Vaccination in Bombay 1902-1912 - 1902-1912
Year: 1902
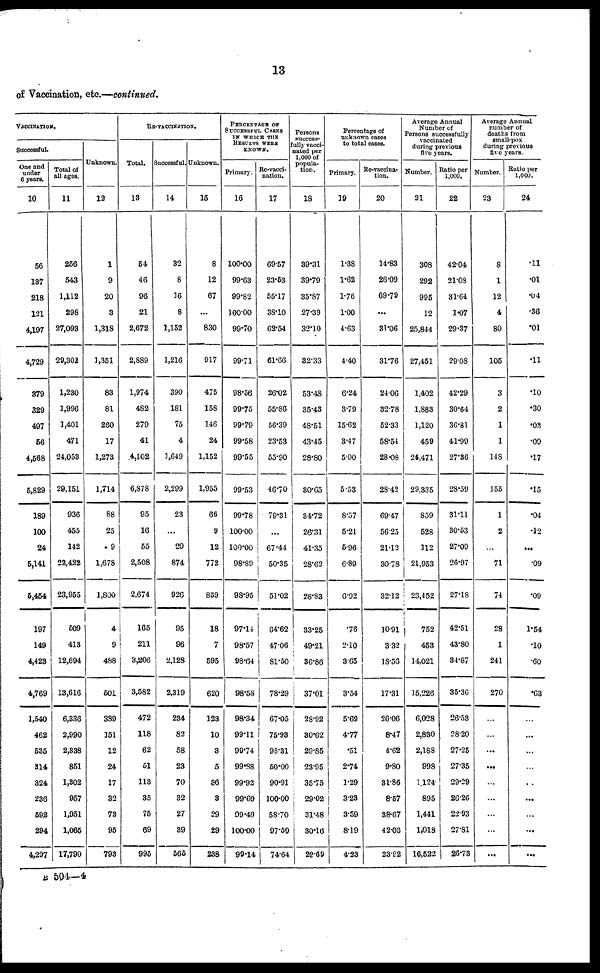
13
of Vaccination, etc.—continued.
VACCINATION.
Successful.
One and
under
6 years.
10
56
137
218
121
4,197
4,729
879
329
497
56
4,568
5,829
189
100
24
5,141
5,454
197
149
4,423
4,769
1,540
462
535
314
324
236
592
294
4,297
Total of
all ages.
11
256
543
1,112
298
27,093
29,302
1,230
1,996
1,401
471
24,053
29,151
936
455
142
22,422
23,955
509
413
12,694
13,616
6,336
2,990
2,338
851
1,302
957
1,951
1,065
17,790
Unknown.
12
1
9
20
3
1,318
1,351
83
81
260
17
1,273
1,714
88
25
9
1,678
1,800
4
9
488
501
389
151
12
24
17
32
73
95
793
RE-VACCINATION.
Total.
13
54
46
96
21
2,672
2,889
1,974
482
279
41
4,102
6,878
95
16
55
2,508
2,674
165
211
3,206
3,582
472
118
62
51
113
35
75
69
995
Successful.
14
32
8
16
8
1,152
1,216
390
181
75
4
1,649
2,299
23
...
29
874
926
95
96
2,128
2,319
234
82
58
23
70
32
27
39
565
Unknown.
15
8
12
67
...
830
917
475
158
146
24
1,152
1,955
66
9
12
772
859
18
7
595
620
123
10
3
5
36
3
29
29
238
PERCENTAGE OF
SUCCESSFUL CASES
IN WHICH THE
RESULTS WERE
KNOWN.
Primary.
16
100.00
99.63
99.82
100.00
99.70
99.71
98.56
99.75
99.79
99.58
90.55
99.53
99.78
100.00
100.00
98.89
98.95
97.14
98.57
98.64
98.58
98.34
99.11
90.74
99.88
99.92
99.69
99.49
100.00
99.14
Re-vacci¬
nation.
17
69.57
23.53
55.17
38.10
62.54
61.66
26.02
55.86
56.39
23.53
55.90
46.70
79.31
...
67.44
50.35
51.02
64.62
47.06
81.50
78.29
67.05
75.98
98.31
50.00
90.91
100.00
58.70
97.50
74.64
Persons
success¬
fully vacci-
nated per
1,000 of
popula-
tion.
18
39.31
39.79
35.87
27.39
32.10
32.33
53.48
35.43
48.51
43.45
28.80
30.65
34.72
26.31
41.35
28.62
28.83
33.25
49.21
36.86
37.01
28.92
30.62
29.85
23.95
35.75
29.02
31.48
30.16
29.69
Percentage of
unknown cases
to total cases.
Primary.
19
1.38
1.62
1.76
1.00
4.63
4.40
6.24
3.79
15.62
3.47
5.00
5.53
8.57
5.21
5.96
6.89
6.92
.76
2.10
3.65
3.54
5.69
4.77
.51
2.74
1.29
3.23
3.59
8.19
4.23
Re-vaccina-
tion.
20
14.83
26.09
69.79
...
31.06
31.76
24.06
32.78
52.33
58.54
28.08
28.42
69.47
56.25
21.12
30.78
32.12
10.91
3.32
18.56
17.31
26.06
8.47
4.62
9.80
31.86
8.57
38.67
42.03
23.92
Average Annual
Number of
Persons successfully
vaccinated
during previous
five years.
Number.
21
308
292
995
12
25,844
27,451
1,402
1,883
1,120
459
24,471
29,335
859
528
112
21,953
23,452
752
453
14,021
15,226
6,028
2,830
2,188
998
1,124
895
1,441
1,018
16,522
Ratio per
1,000.
22
42.04
21.08
31.64
1.07
29.37
29.08
42.29
30.64
36.81
41.99
27.36
28.59
31.11
30.53
27.09
26.97
27.18
42.51
43.80
34.87
35.36
26.53
28.20
27.25
27.35
29.29
26.26
22.93
27.81
26.73
Average Annual
number of
deaths from
small-pox
during previous
five years.
Number.
23
8
1
12
4
80
105
3
2
1
1
148
155
1
2
...
71
74
28
1
241
270
...
...
...
...
...
...
...
...
...
Ratio per
1,000.
24
.11
.01
.04
.36
.01
.11
.10
.30
.03
.09
.17
.15
.04
.12
...
.09
.09
1.54
.10
.60
.63
...
...
...
...
...
...
...
...
...
B 504—4